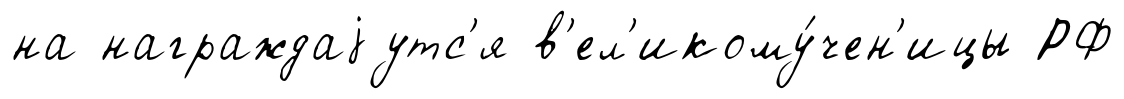
на награждаjутс'я в'ел'икому́чен'ицы РФ